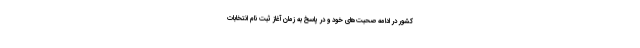
کشور در ادامه صحبت‌های خود و در پاسخ به زمان آغاز ثبت نام انتخابات